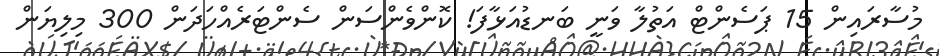
މުސާރައިން 15 ޕަސެންޓް އަތުލާ ވަނީ ބަނޑުއަޅާފަ! ކޮންވެންސަން ސެންޓަރެއްހަދަން 300 މިލިޔަން